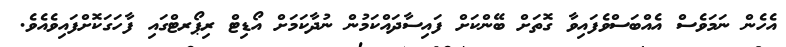
އެހެން ނަމަވެސް އެއްބަސްވެފައިވާ ގޮތަށް ބޭންކަށް ފައިސާދައްކަމުން ނުދާކަމަށް އޯޑިޓް ރިޕޯރޓްގައި ފާހަގަކޮށްފައިވެއެވެ.